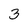
Character: 3